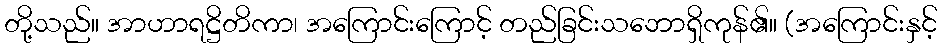
တို့သည်။ အာဟာရဋ္ဌိတိကာ၊ အကြောင်းကြောင့် တည်ခြင်းသဘောရှိကုန်၏။ (အကြောင်းနှင့်